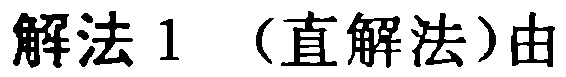
解法 1 （直解法）由